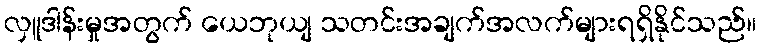
လှူဒါန်းမှုအတွက် ယေဘုယျ သတင်းအချက်အလက်များရရှိနိုင်သည်။